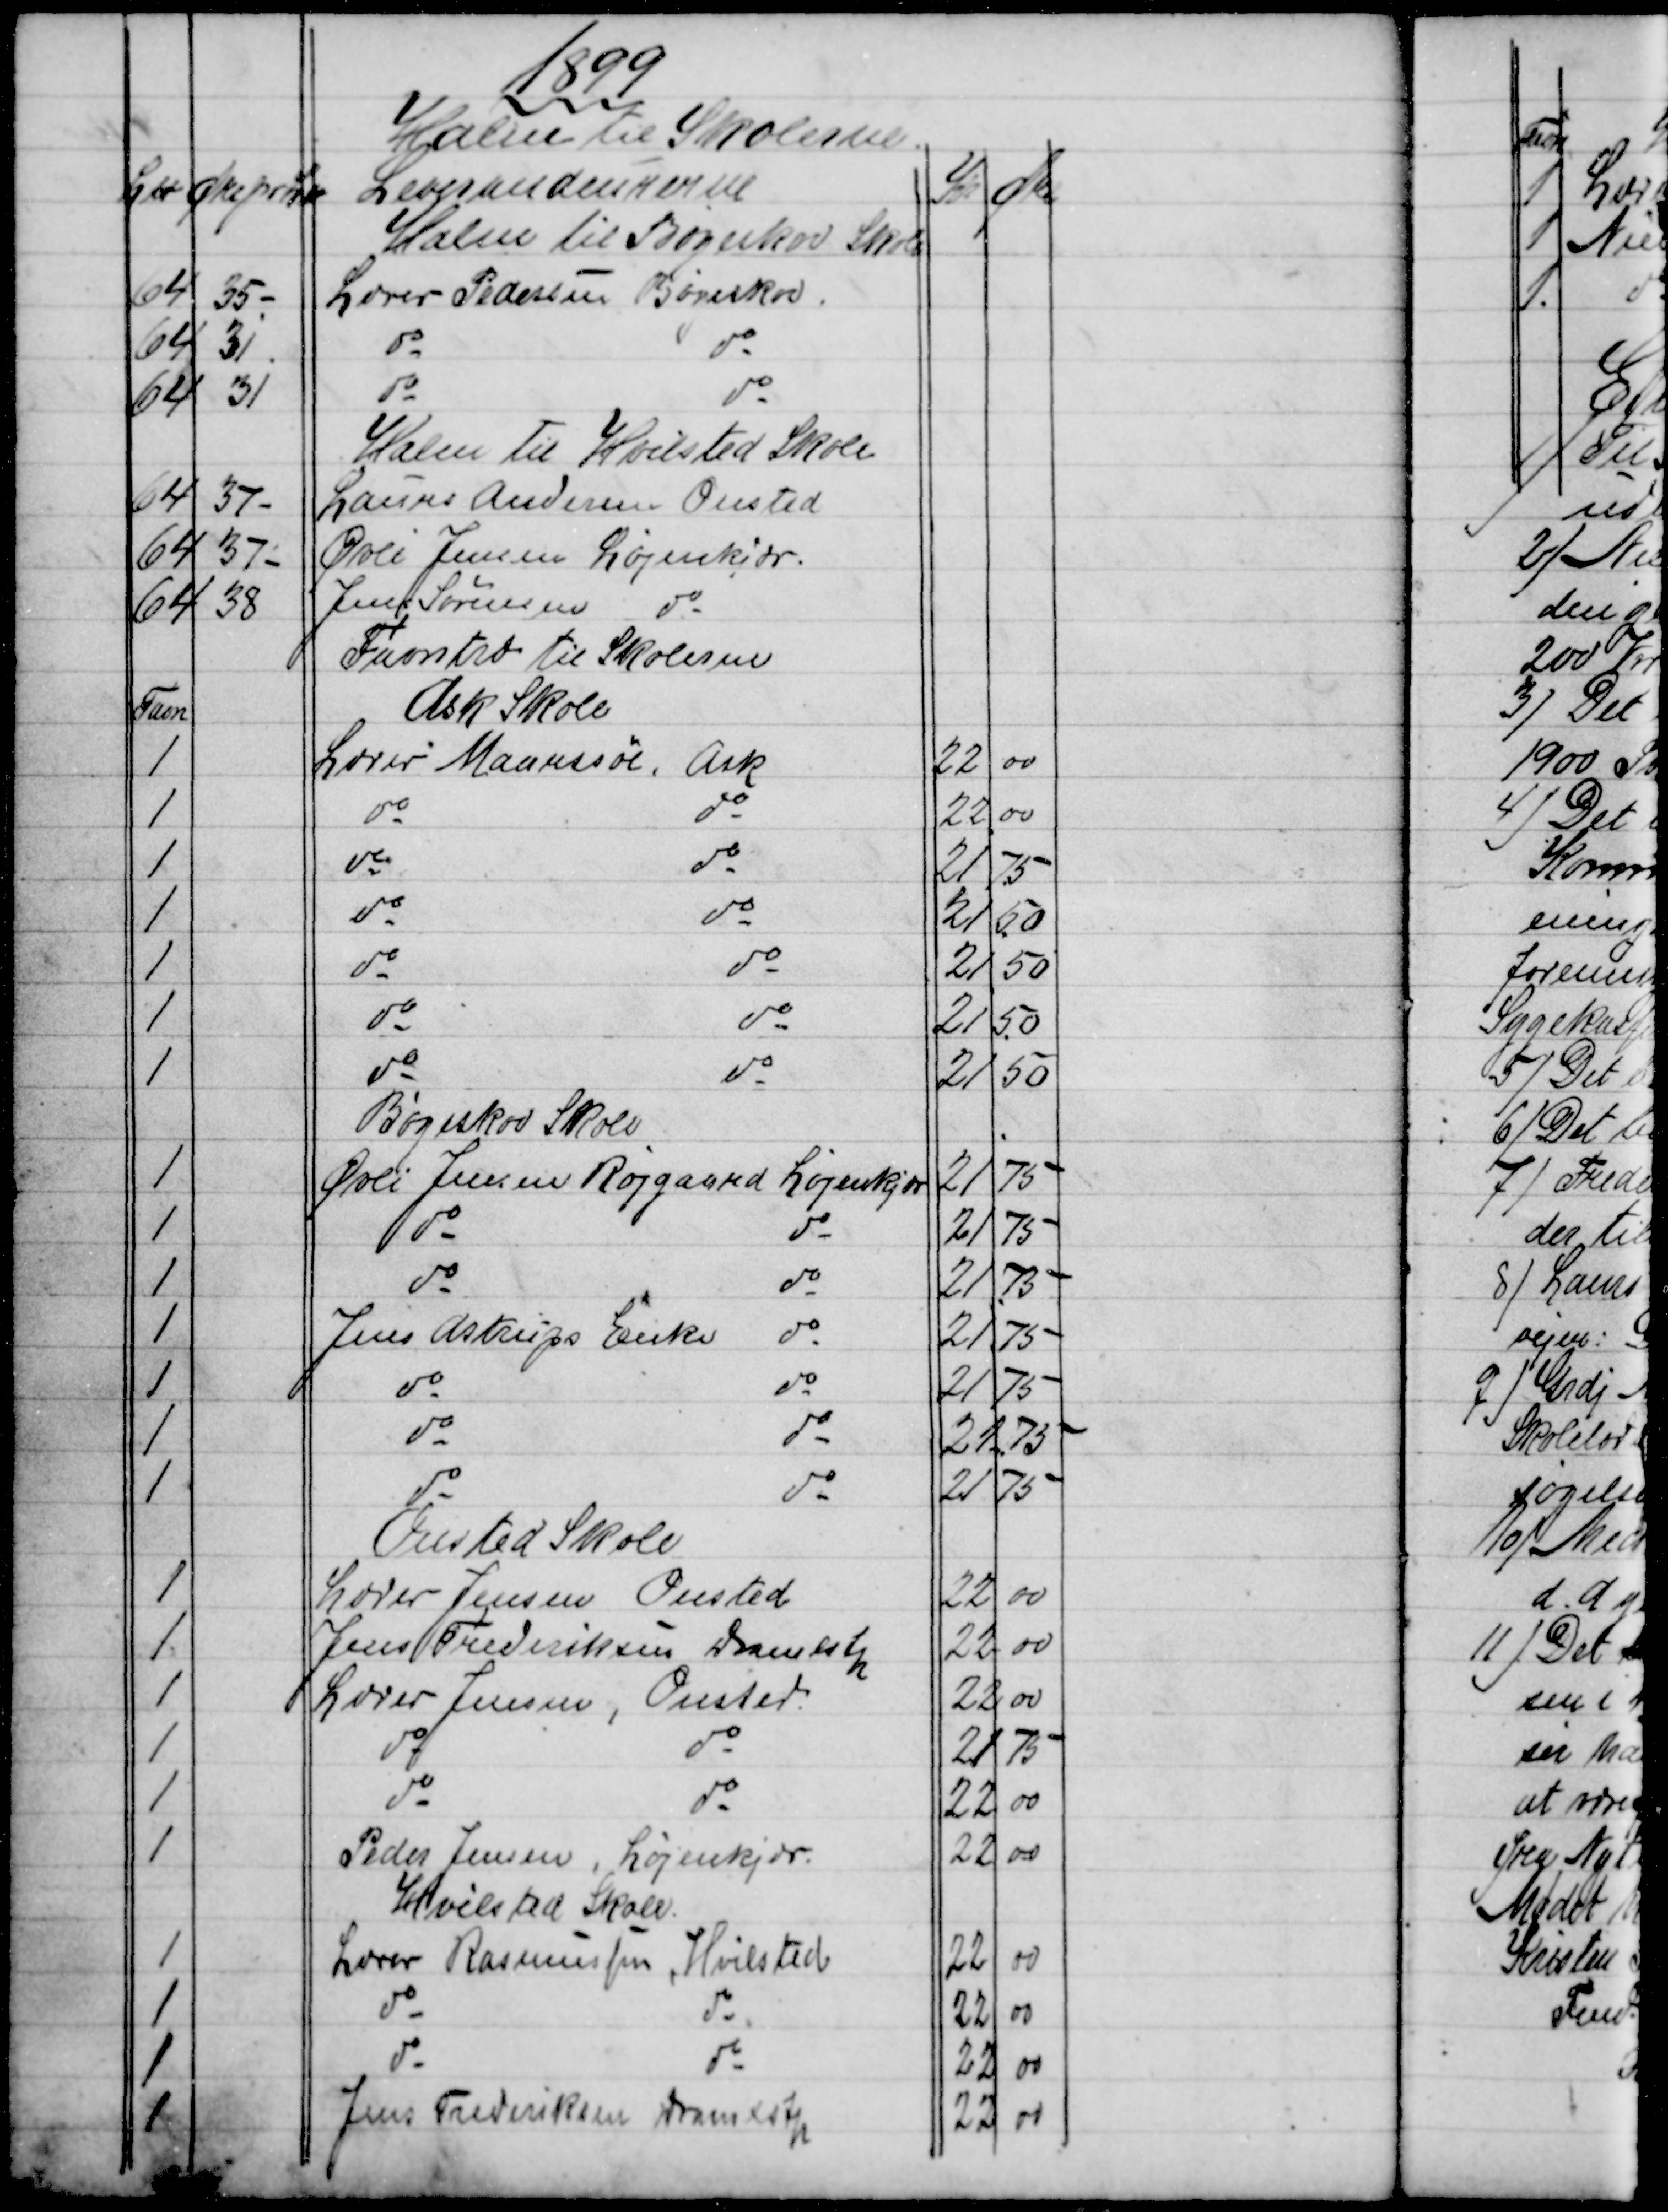
Transskription:
1899
Halm til  Skolerne
L℔
Øre pr L℔
Leverandeurerne
Kr
Øre
Halm til Bøgeskov Skole
64
35
Lærer Pedersen Bøgeskov
64
31
do
do
64
31
do
do
Halm til Hvilsted Skole
64
37 
Laurs Andersen Onsted
64
37 
Øvli Jensen Løjenkjær.
64
38
Jens Sørensen do
Favntræ til Skolerne
Favn
Ask Skole
1
Lærer Maarssøe, Ask
22
00
1
do
do
22
00
1
do
do
21
75
1
do
do
21
50
1
do
do
21
50
1
do
do
21
50
1
do
do
21
50
Bøgeskov Skole
1
Øvli Jensen Røjgaard Løjenkjær
21
75
1
do
do
21
75
1
do
do
21
75
1
Jens Astrups Enke
do
21
75
1
do
do
21
75
1
do
do
21
75
1
do
do
21
75
Onsted Skole
1
Lærer Jensen Onsted
22
00
1
Jens Frederiksen Dramlstp
22
00
1
Lærer Jensen, Onsted
22
00
1
do
do
21
75
1
do
do
22
00
1
Peder Jensen, Løjenkjær.
22
00
Hvilsted Skole.
1
Lærer Rasmussen, Hvilsted
22
00
1
do
do
22
00
1
do
do
22
00
1
Jens Frederiksen Dramlstp
22
00